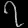
Digit: ၇